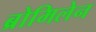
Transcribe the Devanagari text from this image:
ब्रोमिलेन